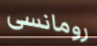
رومانسى